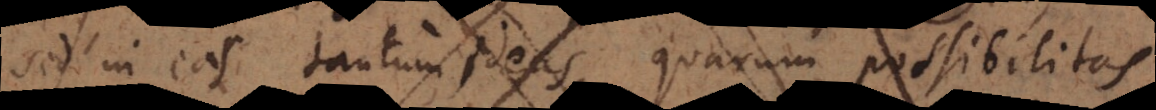
sed in eas tantum ideas, quarum possibilitas